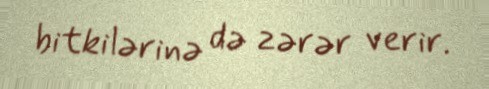
bitkilərinə də zərər verir.